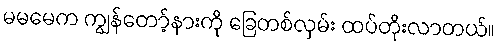
မမမေက ကျွန်တော့်နားကို ခြေတစ်လှမ်း ထပ်တိုးလာတယ်။